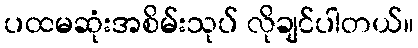
ပထမဆုံးအစိမ်းသုပ် လိုချင်ပါတယ်။